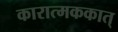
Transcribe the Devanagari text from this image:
कारात्मककात्‌